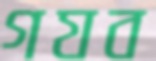
গযব